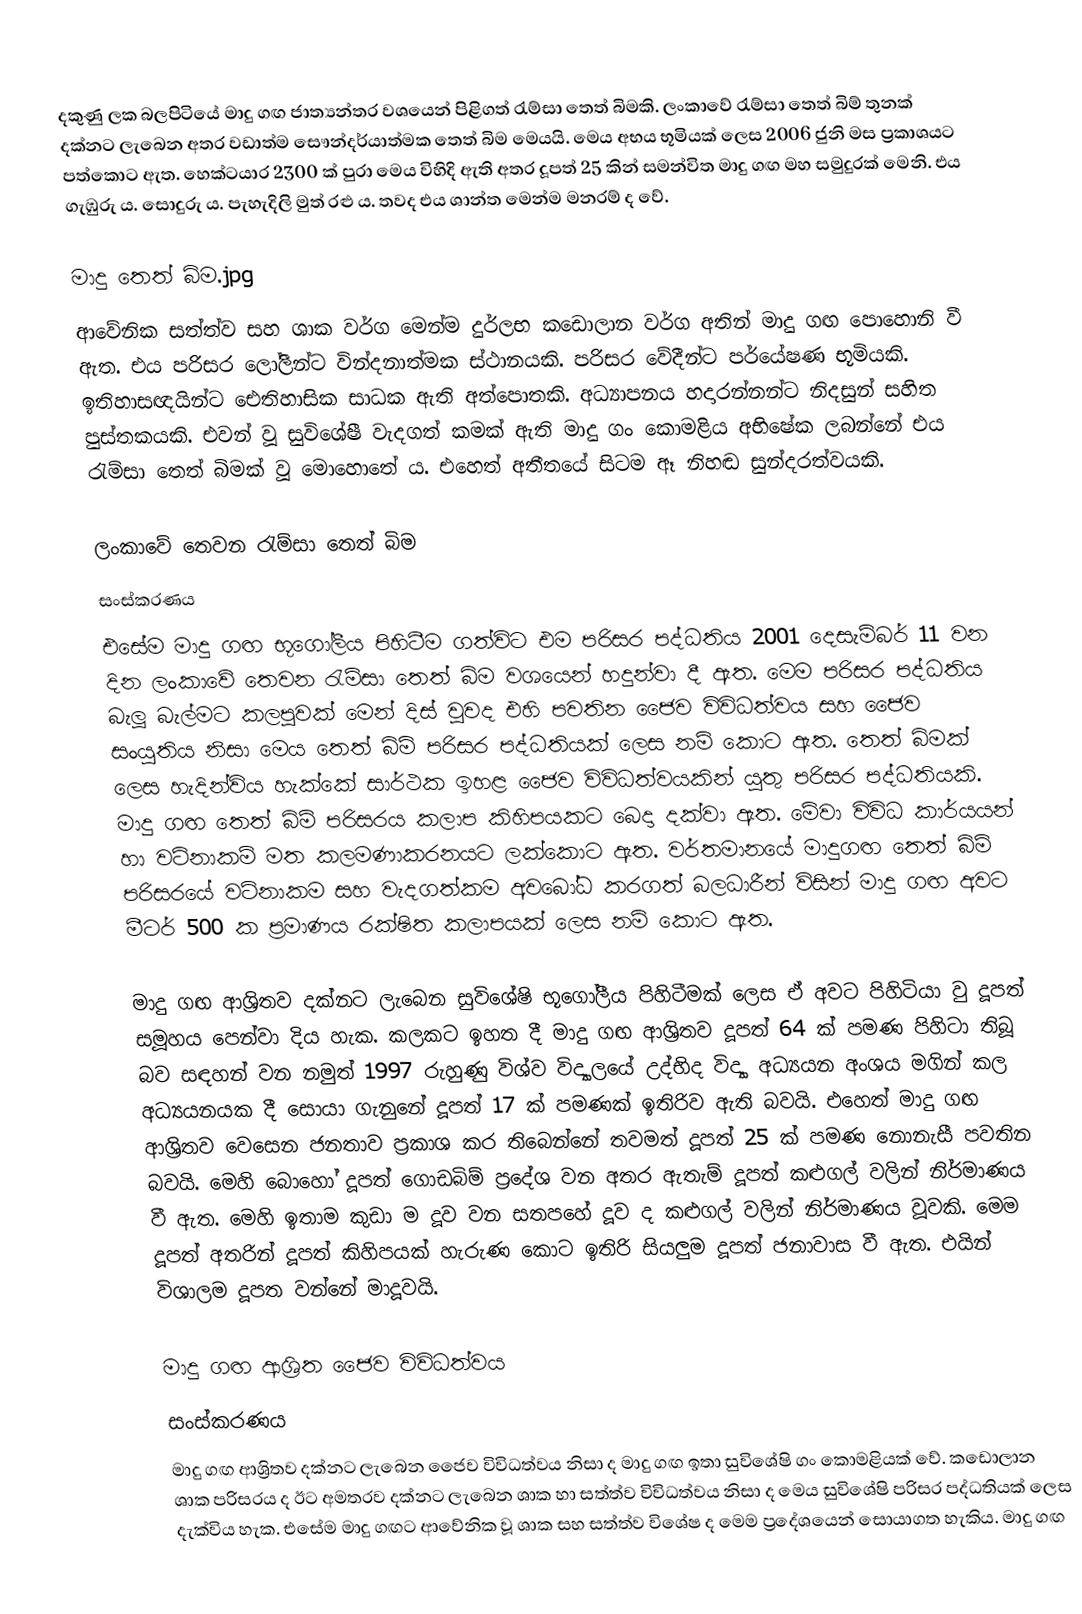
දකුණු ලක බලපිටියේ මාදු ගඟ ජාත්‍යන්තර වශයෙන් පිළිගත් රැම්සා තෙත් බිමකි. ලංකාවේ රැම්සා තෙත් බිම් තුනක් දක්නට ලැබෙන අතර වඩාත්ම සෞන්දර්යාත්මක තෙත් බිම මෙයයි. මෙය අභය භූමියක් ලෙස 2006 ජුනි මස ප්‍රකාශයට පත්කොට ඇත. හෙක්ටයාර 2300 ක් පුරා මෙය විහිදි ඇති අතර දූපත් 25 කින් සමන්විත මාදු ගඟ මහ සමුදුරක් මෙනි. එය ගැඹුරු ය. සොදුරු ය. පැහැදිලි මුත් රළු ය. තවද එය ශාන්ත මෙන්ම මනරම් ද වේ.

මාදු ‍තෙත් බිම.jpg
ආවේනික සත්ත්ව සහ ශාක වර්ග මෙන්ම දුර්ලභ කඩොලාන වර්ග අතින් මාදු ගඟ පොහොනි වී ඇත. එය පරිසර ලෝලීන්ට වින්දනාත්මක ස්ථානයකි. පරිසර වේදීන්ට පර්යේෂණ භූමියකි. ඉතිහාසඥයින්ට ඓතිහාසික සාධක ඇති අත්පොතකි. අධ්‍යාපනය හදාරන්නන්ට නිදසුන් සහිත පුස්තකයකි. එවන් වූ සුවි‍ශේෂී වැදගත් කමක් ඇති මාදු ගං කොමළිය අභිෂේක ලබන්නේ එය රැම්සා තෙත් බිමක් වූ මොහොතේ ය. එහෙත් අතීතයේ සිටම ඈ නිහඬ සුන්දරත්වයකි.

ලංකාවේ තෙවන රැම්සා තෙත් බිම
සංස්කරණය
එසේම මාදු ගඟ භූගෝලීය පිහිටීම ගත්විට එම පරිසර පද්ධතිය 2001 දෙසැම්බර් 11 වන දින ලංකාවේ තෙවන රැම්සා තෙත් බිම වශයෙන් හදුන්වා දී ඇත. මෙම පරිසර පද්ධතිය බැලූ බැල්මට කලපුවක් මෙන් දිස් වුවද එහි පවතින ජෛව විවිධත්වය සහ ජෛව සංයුතිය නිසා මෙය තෙත් බිම් පරිසර පද්ධතියක් ලෙස නම් කොට ඇත. තෙත් බිමක් ලෙස හැදින්විය හැක්කේ සාර්ථක ඉහළ ජෛව විවිධත්වයකින් යුතු පරිසර පද්ධතියකි. මාදු ගඟ තෙත් බිම් පරිසරය කලාප කිහිපයකට බෙදා දක්වා ඇත. මේවා විවිධ කාර්යයන් හා වටිනාකම් මත කලමණාකරනයට ලක්කොට ඇත. වර්තමානයේ මාදුගඟ තෙත් බිම් පරිසරයේ වටිනාකම සහ වැදගත්කම අවබෝධ කරගත් බලධාරීන් විසින් මාදු ගඟ අවට මීටර් 500 ක ප්‍රමාණය රක්ෂිත කලාපයක් ලෙස නම් කොට ඇත.

මාදු ගඟ ආශ්‍රිතව දක්නට ලැබෙන සුවිශේෂි භූගෝලීය පිහිටීමක් ලෙස ඒ අවට පිහිටියා වු දූපත් සමූහය පෙන්වා දිය හැක. කලකට ඉහත දී මාදු ගඟ ආශ්‍රිතව දූපත් 64 ක් පමණ පිහිටා තිබූ බව සඳහන් වන නමුත් 1997 රුහුණු විශ්ව විද්‍යාල‍යේ උද්භිද විද්‍යා අධ්‍යයන අංශය මගින් කල අධ්‍යයනයක දී සොයා ගැනුනේ දූපත් 17 ක් පමණක් ඉතිරිව ඇති බවයි. එහෙත් මාදු ගඟ ආශ්‍රිතව වෙසෙන ජනතාව ප්‍රකාශ කර තිබෙන්නේ තවමත් දූපත් 25 ක් පමණ නොනැසී පවතින බවයි. මෙහි බොහෝ දූපත් ගොඩබිම් ප්‍රදේශ වන අතර ඇතැම් දූපත් කළුගල් වලින් නිර්මාණය වී ඇත. මෙහි ඉතාම කුඩා ම දූව වන සතපහේ දූව ද කළුගල් වලින් නිර්මාණය වූවකි. මෙම දූපත් අතරින් දූපත් කිහිපයක් හැරුණ කොට ඉතිරි සියලුම දූපත් ජනාවාස වී ඇත. එයින් විශාලම දූපත වන්නේ මාදූවයි.

මාදු ගඟ ආශ්‍රිත ජෛව විවිධත්වය
සංස්කරණය
මාදු ගඟ ආශ්‍රිතව දක්නට ලැබෙන ජෛව විවිධත්වය නිසා ද මාදු ගඟ ඉතා සුවිශේෂි ගං කොමළියක් වේ. කඩොලාන ශාක පරිසරය ද ඊට අමතරව දක්නට ලැබෙන ශාක හා සත්ත්ව විවිධත්වය නිසා ද මෙය සුවිශේෂි පරිසර පද්ධතියක් ලෙස දැක්විය හැක. එසේම මාදු ගඟට ආවේනික වූ ශාක සහ සත්ත්ව විශේෂ ද මෙම ප්‍රදේශයෙන් සොයාගත හැකිය. මාදු ගඟ